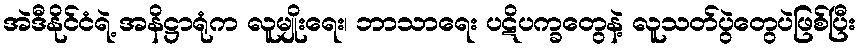
အဲဒီနိုင်ငံရဲ့ အနိဋ္ဌာရုံက လူမျိုးရေး၊ ဘာသာရေး ပဋိပက္ခတွေနဲ့ လူသတ်ပွဲတွေပဲဖြစ်ပြီး